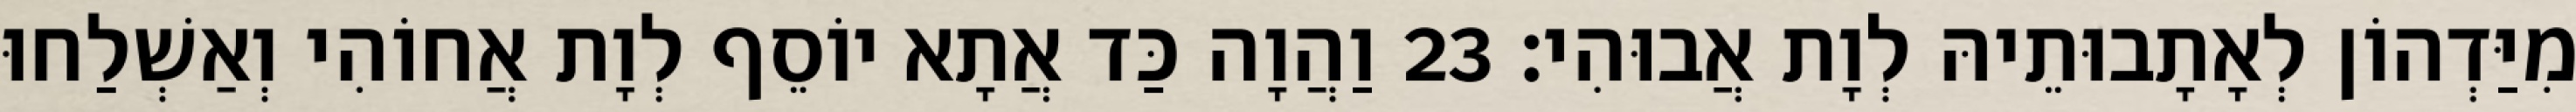
מִיַּדְהוֹן לְאָתָבוּתֵיהּ לְוָת אֲבוּהִי׃ 23 וַהֲוָה כַּד אֲתָא יוֹסֵף לְוָת אֲחוֹהִי וְאַשְׁלַחוּ